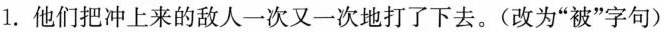
1.他们把冲上来的敌人一次又一次地打了下去。(改为”被”字句)